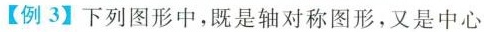
【例3】下列图形中，既是轴对称图形，又是中心